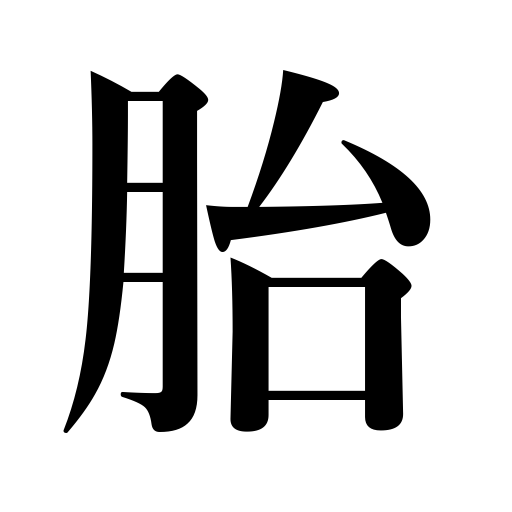
Meanings: uterus,womb